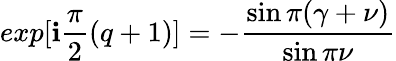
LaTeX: exp[\mathbf{i}\frac{{\pi}}{{2}}(q+1)]=-\frac{{\sin\pi(\gamma+\nu)}}{{\sin\pi\nu}}